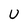
Character: U